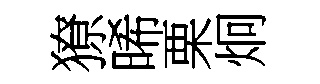
獠晞栗炯